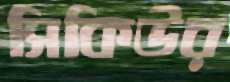
সিকিউর